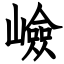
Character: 嶮